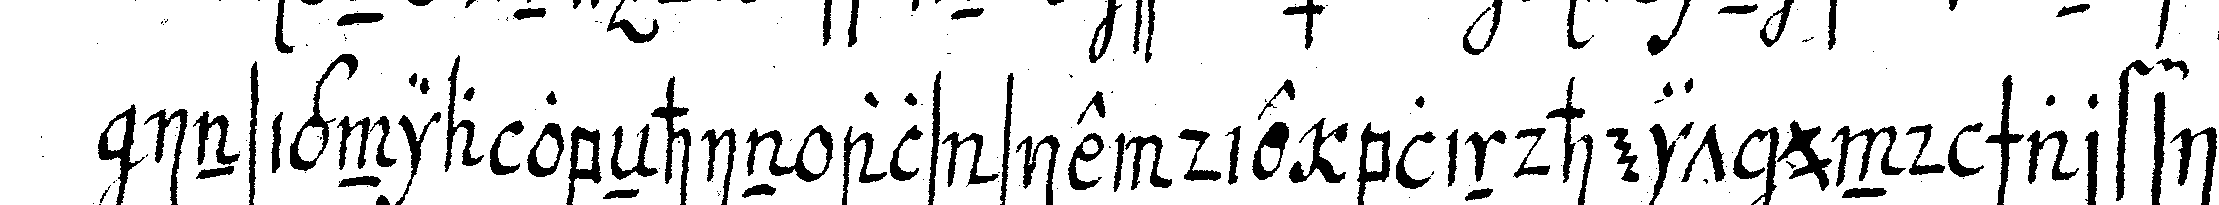
insignia obeNhin als sie die blindheit und scharfsich